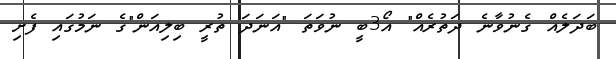
ބަދަލެއް ގެނުވާނެ ދަތުރެއް" އޯ3ބީ ނުވަތަ "އަނަދަ ތުރީ ބިލިއަން"ގެ ނަމުގައި ފެށި